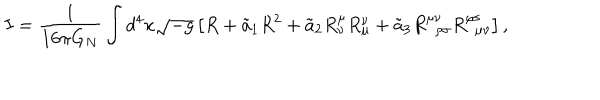
LaTeX: I = \frac { 1 } { 1 6 \pi G _ { N } } \int d ^ { 4 } x \sqrt { - g } \left[ R + \tilde { a } _ { 1 } R ^ { 2 } + \tilde { a } _ { 2 } R _ { \nu } ^ { \mu } R _ { \mu } ^ { \nu } + \tilde { a } _ { 3 } R _ { \ \ \rho \sigma } ^ { \mu \nu } R _ { \ \ \mu \nu } ^ { \rho \sigma } \right] ,